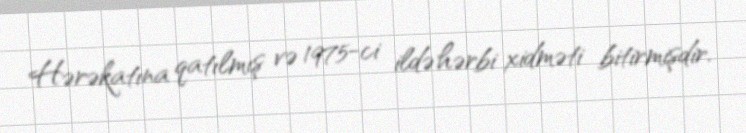
Hərəkatına qatılmış və 1975-ci ildə hərbi xidməti bitirmişdir.